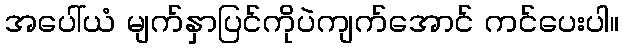
အပေါ်ယံ မျက်နှာပြင်ကိုပဲကျက်အောင် ကင်ပေးပါ။